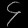
Digit: ၄